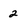
Character: 2